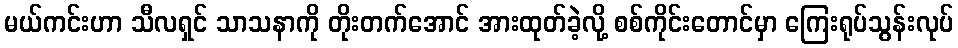
မယ်ကင်းဟာ သီလရှင် သာသနာကို တိုးတက်အောင် အားထုတ်ခဲ့လို့ စစ်ကိုင်းတောင်မှာ ကြေးရုပ်သွန်းလုပ်